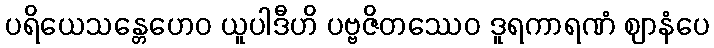
ပရိယေသန္တေဟေဝ ယူပါဒီဟိ ပဗ္ဗဇိတဿေဝ ဒူရကာရဏံ ဈာနံပေ